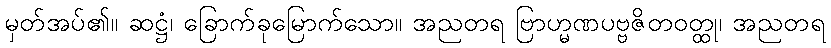
မှတ်အပ်၏။ ဆဋ္ဌံ၊ ခြောက်ခုမြောက်သော။ အညတရ ဗြာဟ္မဏပဗ္ဗဇိတဝတ္ထု၊ အညတရ